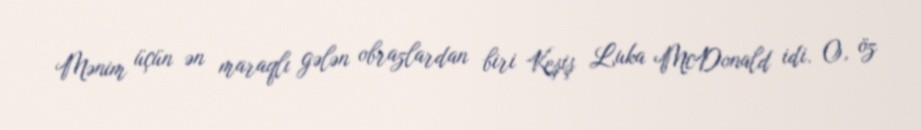
Mənim üçün ən maraqlı gələn obrazlardan biri Keşiş Luka McDonald idi. O, öz